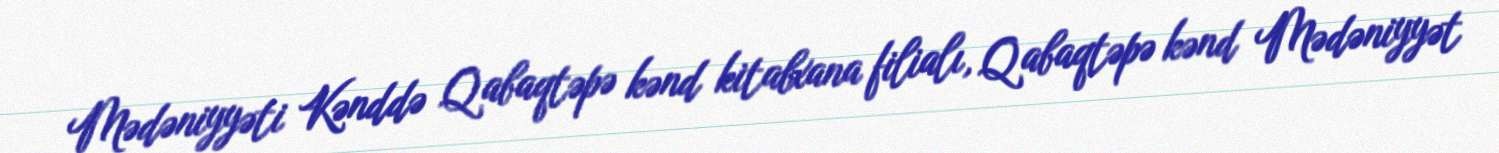
Mədəniyyəti Kənddə Qabaqtəpə kənd kitabxana filialı, Qabaqtəpə kənd Mədəniyyət